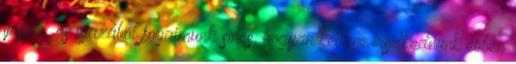
ijesztő, és igazából fogalmunk sincs, hogyan kellene viselkednünk ebben